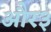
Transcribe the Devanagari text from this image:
और३